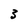
Character: 3